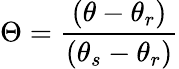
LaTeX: \Theta=\frac{(\theta-\theta_{r})}{(\theta_{s}-\theta_{r})}